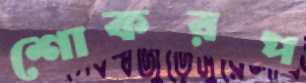
শোকরপ